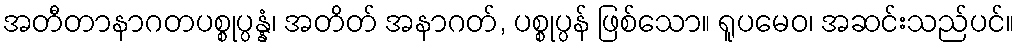
အတီတာနာဂတပစ္စုပ္ပန္နံ၊ အတိတ် အနာဂတ်, ပစ္စုပ္ပန် ဖြစ်သော။ ရူပမေဝ၊ အဆင်းသည်ပင်။